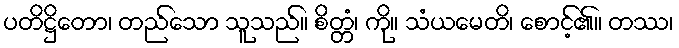
ပတိဋ္ဌိတော၊ တည်သော သူသည်။ စိတ္တံ၊ ကို။ သံယမေတိ၊ စောင့်၏။ တဿ၊